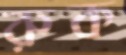
রুক